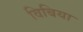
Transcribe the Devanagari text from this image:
विबिया